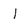
Character: 1